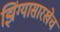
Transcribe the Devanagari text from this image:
झिंग्यासारखेच